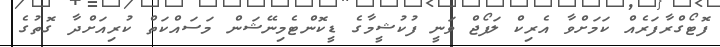
ފޮޓޯގްރާފަރެއް ކަމަށްވާ އެރިކް ލަފޯޖް ވަނީ ފުކުޝީމާގެ ޑީކޮންޓެމިނޭޝަން މަސައްކަތް ކުރިއަށްދާ ގޮތުގެ